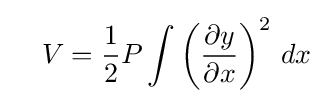
\quad V={\frac {1}{2}}P\int \left({\frac {\partial y}{\partial x}}\right)^{2}\,dx